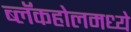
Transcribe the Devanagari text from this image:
ब्लॅकहोलमध्ये